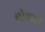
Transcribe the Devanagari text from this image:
लोथारने